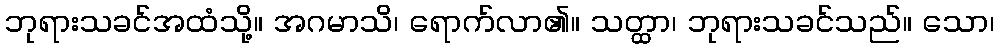
ဘုရားသခင်အထံသို့။ အဂမာသိ၊ ရောက်လာ၏။ သတ္ထာ၊ ဘုရားသခင်သည်။ သော၊